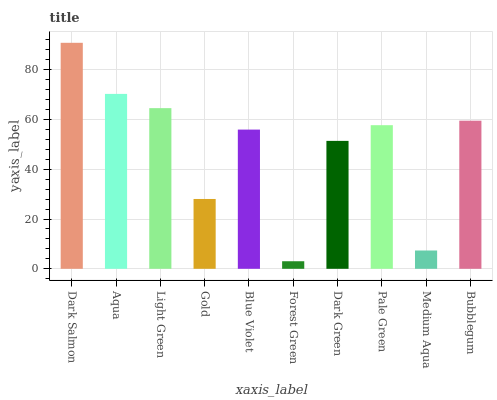
| xaxis_label | bars |
 | --- | --- |
 | Dark Salmon | 90.8 |
 | Aqua | 70.2 |
 | Light Green | 64.5 |
 | Gold | 28 |
 | Blue Violet | 55.9 |
 | Forest Green | 3.04 |
 | Dark Green | 51.4 |
 | Pale Green | 57.7 |
 | Medium Aqua | 7.36 |
 | Bubblegum | 59.5 |